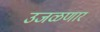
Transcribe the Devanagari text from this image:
उजळणार